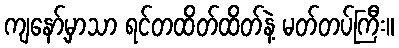
ကျနော့်မှာသာ ရင်တထိတ်ထိတ်နဲ့ မတ်တပ်ကြီး။